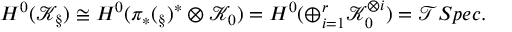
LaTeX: H ^ { 0 } ( \mathcal { K } _ { \S } ) \cong H ^ { 0 } ( \pi _ { * } ( \O _ { \S } ) ^ { * } \otimes \mathcal { K } _ { 0 } ) = H ^ { 0 } ( \oplus _ { i = 1 } ^ { r } \mathcal { K } _ { 0 } ^ { \otimes i } ) = \mathcal { T } S p e c .